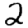
Digit: 2